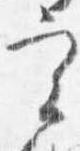
実